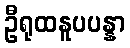
ဦရုထနူပပန္နာ